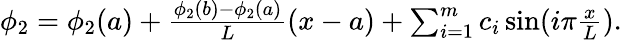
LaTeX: \begin{array}{r}{\phi_{2}=\phi_{2}(a)+\frac{\phi_{2}(b)-\phi_{2}(a)}{L}(x-a)+\sum_{i=1}^{m}c_{i}\sin(i\pi\frac{x}{L}).}\end{array}